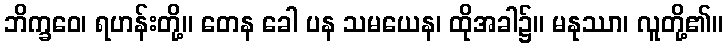
ဘိက္ခဝေ၊ ရဟန်းတို့။ တေန ခေါ ပန သမယေန၊ ထိုအခါ၌။ မနုဿာ၊ လူတို့၏။